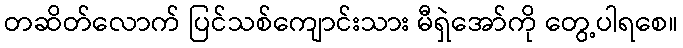
တဆိတ်လောက် ပြင်သစ်ကျောင်းသား မီရှဲအော်ကို တွေ့ပါရစေ။